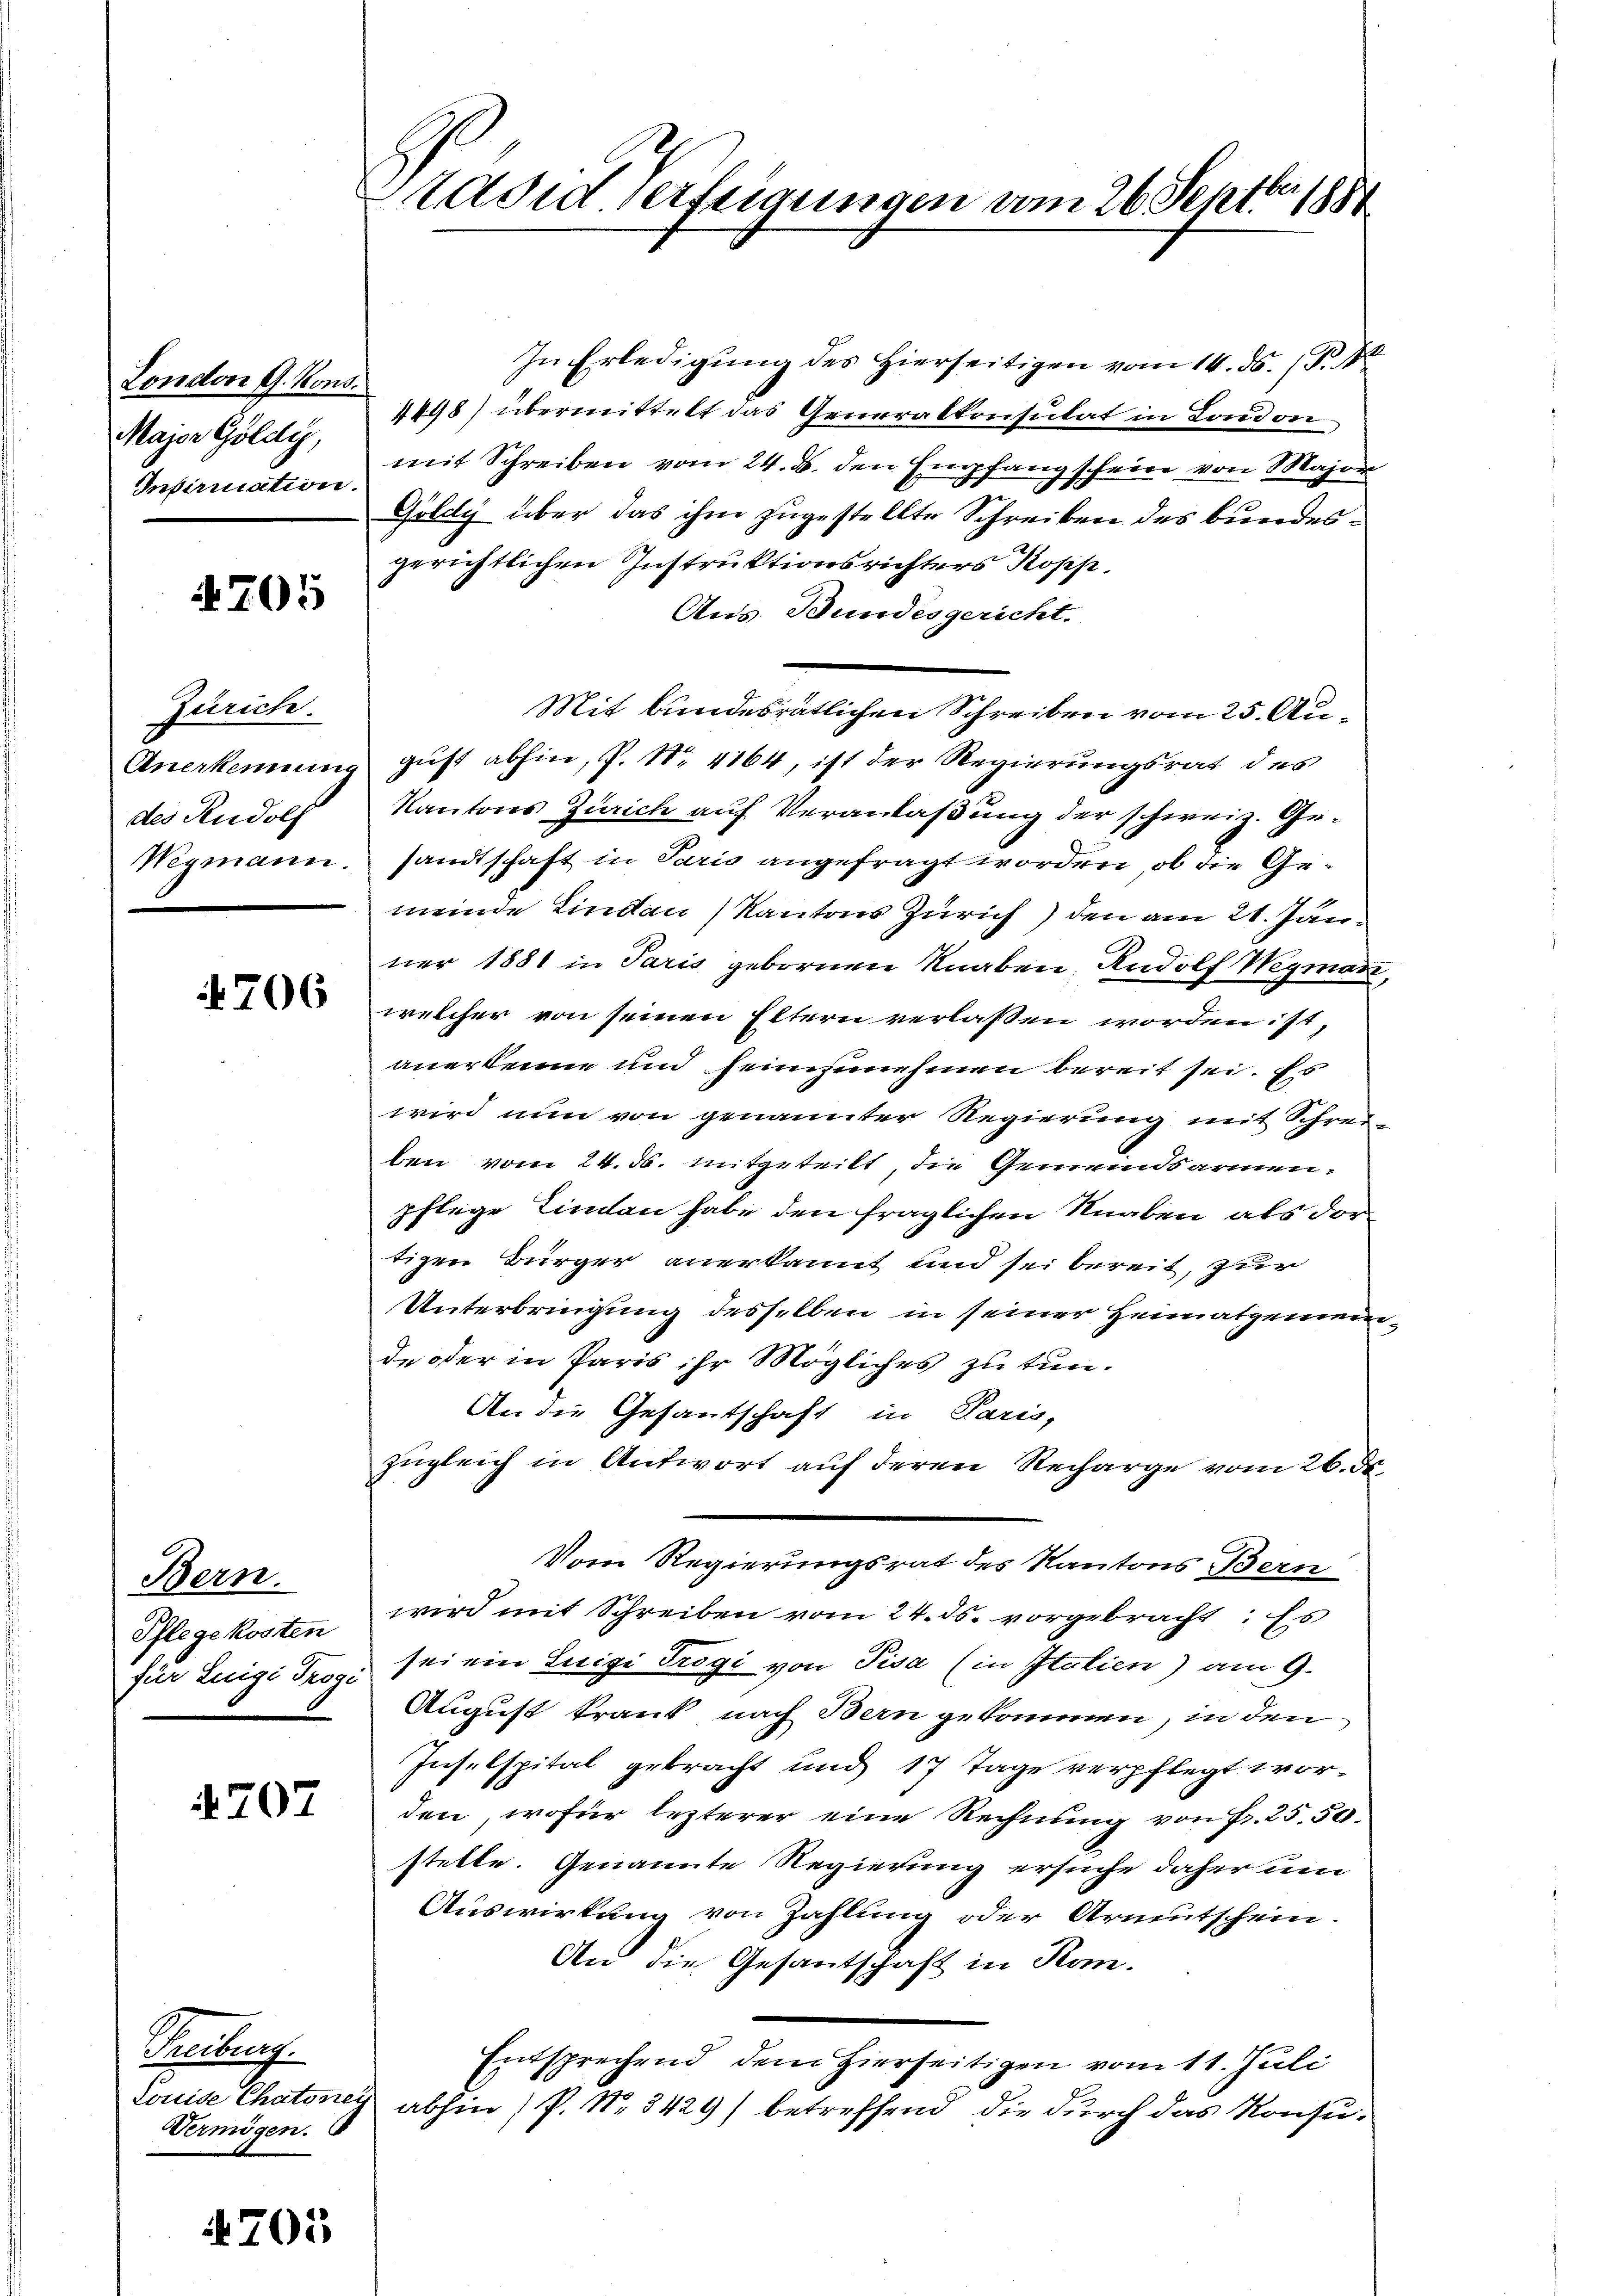
London G. Kons.
Major Goldy,
Infirmation.

4705

Zürich.
des Rudolf

4706

Bern.
Pflegekosten

707

Aeberf
Vermögen.

4705

Sadid verfügungen vom 26. Septbr. 1880

In Erledigŭng des hierseitigen vom 14. ds. (N. N.
4448) übermittelt das Generalkonsulat in London,
mit Schreiben vom 24. ds. den Empfang schein von Major
G
7
Göldy über das ihm zugestellte Schreiben des bundesgerichtlichen Instruktionsrichters Kopp
Aus Bundesgericht.
Mit bundesrätlichen Schreiben vom 25. Au¬
Anerkennung gust abhin, P. Nr. 4164, ist der Regierungsrat des
Kantons Zürich auf Veranlaßung der schweiz. Ge¬
Wegmann, sandtschaft in Paris angefragt worden, ob die Gemeinde Lindau Kantons Zürich) den am 21. Jan
ner 1881 in Paris gebornen Knaben, Rudolf Wegmann,
welcher von seinen Eltern verlassen worden ist,
anerkenne und seinzunehmen bereit sei. Es
wird nun von genannter Regierung mit Schrei-
ben vom 24. ds. mitgeteilt, die Gemeindsarmenpflege Tinten habe den fraglichen Knaben als dortigen Bürger anerkannt und sei bereit, zur
Unterbringung desselben in seiner Heimatgemeinde oder in Paris ihr Mögliches zu tun.
An die Gesantschaft in Paris,
zugleich in Antwort auf deren Recharge vom 26. d.
Vom Regierungsrat des Kantons Bern
wird mit Schreiben vom 24. ds. vorgebracht: Es
für Luigi Trog sei ein Luigi Trogi von Pisa (in Italien) am 9.
August krank nach Bern gekommen, in den
Inselspital gebracht und 17 Tage verpflegt worden, wofür lezterer eine Rechnung von Fr. 25.50.
stelle. Genannte Regierung ersuche daher um
Auswirkung von Zahlung oder Armutschein.
An die Gesantschaft in Kon-
Entsprechend dem hierseitigen vom 11. Juli
Louise Chatoney abhin (P. Nr. 3429) betreffend die durch das Konsu¬